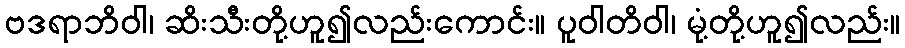
ဗဒရာဘိဝါ၊ ဆိးသီးတို့ဟူ၍လည်းကောင်း။ ပူဝါတိဝါ၊ မုံ့တို့ဟူ၍လည်း။